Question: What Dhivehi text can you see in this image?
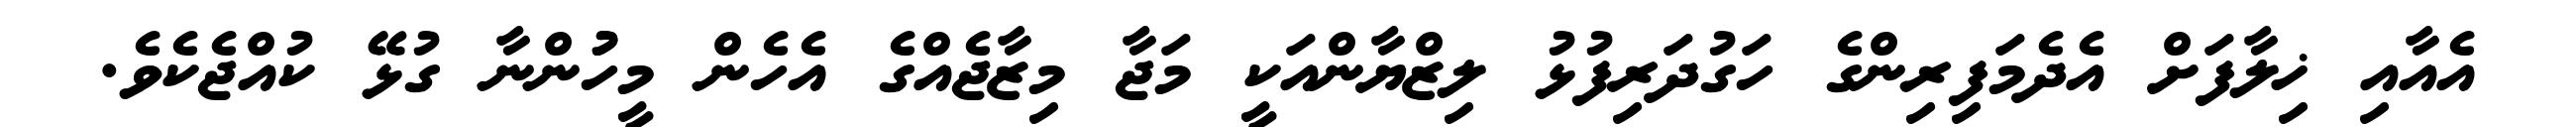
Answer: އެއާއި ޚިލާފަށް އެދެމަފިރިންގެ ހަގުދަރިފުޅު ލިޒްޔާންއަކީ މަޖާ މިޒާޖެއްގެ އެހެން މީހުުންނާ ގުޅޭ ކުއްޖެކެވެ.